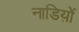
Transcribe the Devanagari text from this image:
नाडिय़ों